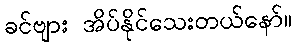
ခင်ဗျား အိပ်နိုင်သေးတယ်နော်။